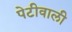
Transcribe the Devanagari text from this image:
पेटीवाली